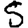
Digit: 5